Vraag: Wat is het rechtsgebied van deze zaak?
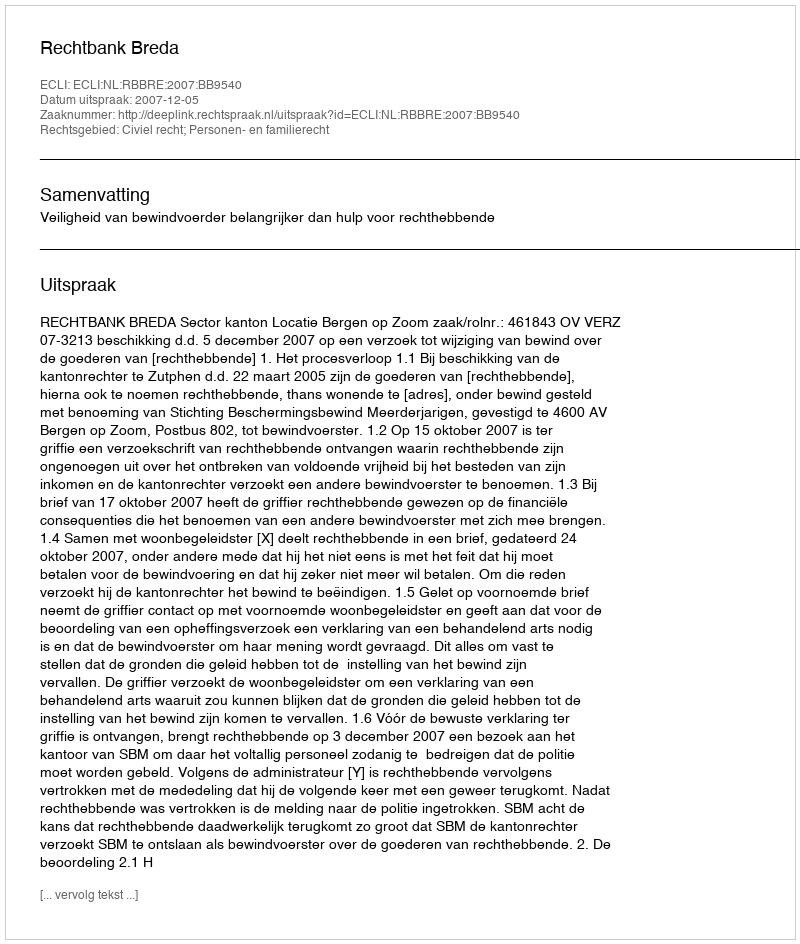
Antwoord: Civiel recht; Personen- en familierecht